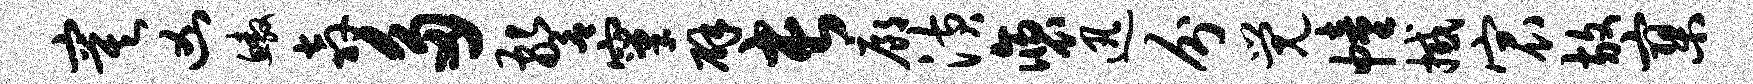
寞凶鳌奔多警窠辟长廊潢褒迅分觉幢撼宸放寥